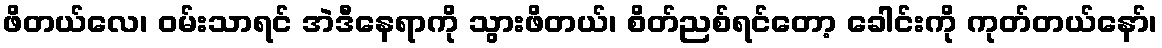
ဖိတယ်လေ၊ ဝမ်းသာရင် အဲဒီနေရာကို သွားဖိတယ်၊ စိတ်ညစ်ရင်တော့ ခေါင်းကို ကုတ်တယ်နော်၊